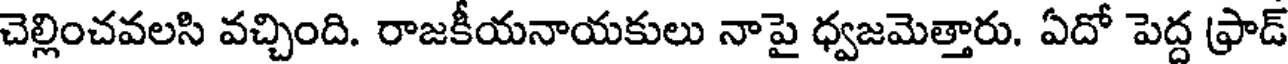
చెల్లించవలసి వచ్చింది. రాజకీయనాయకులు నాపై ధ్వజమెత్తారు. ఏదో పెద్ద ఫ్రాడ్